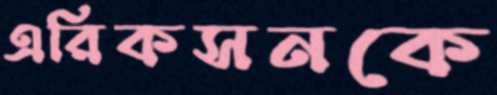
এরিকসনকে